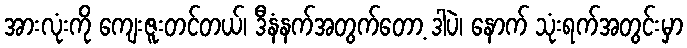
အားလုံးကို ကျေးဇူးတင်တယ်၊ ဒီနံနက်အတွက်တော့ ဒါပဲ၊ နောက် သုံးရက်အတွင်းမှာ